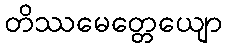
တိဿမေတ္တေယျော